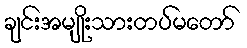
ချင်းအမျိုးသားတပ်မတော်